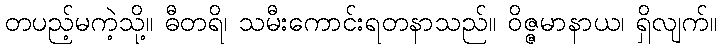
တပည့်မကဲ့သို့။ ဓီတရိ၊ သမီးကောင်းရတနာသည်။ ဝိဇ္ဇမာနာယ၊ ရှိလျက်။